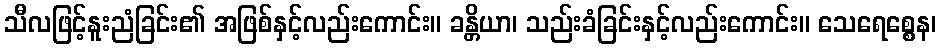
သီလဖြင့်နူးညံခြင်း၏ အဖြစ်နှင့်လည်းကောင်း။ ခန္တိယာ၊ သည်းခံခြင်းနှင့်လည်းကောင်း။ သေရေစ္စေန၊